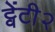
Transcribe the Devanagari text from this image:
ट्वेंटी२